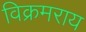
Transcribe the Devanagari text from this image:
विक्रमराय